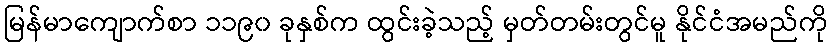
မြန်မာကျောက်စာ ၁၁၉၀ ခုနှစ်က ထွင်းခဲ့သည့် မှတ်တမ်းတွင်မူ နိုင်ငံအမည်ကို